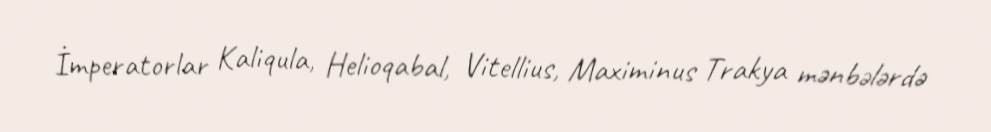
İmperatorlar Kaliqula, Helioqabal, Vitellius, Maximinus Trakya mənbələrdə